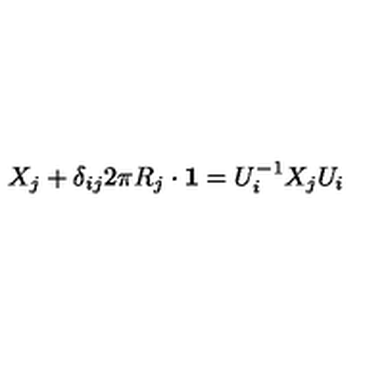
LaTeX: X _ { j } + \delta _ { i j } 2 \pi R _ { j } \cdot { \bf 1 } = U _ { i } ^ { - 1 } X _ { j } U _ { i }